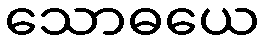
သောဓယေ